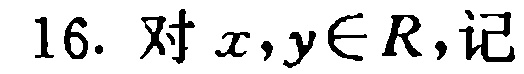
16. 对 \(x,y\in R\)，记